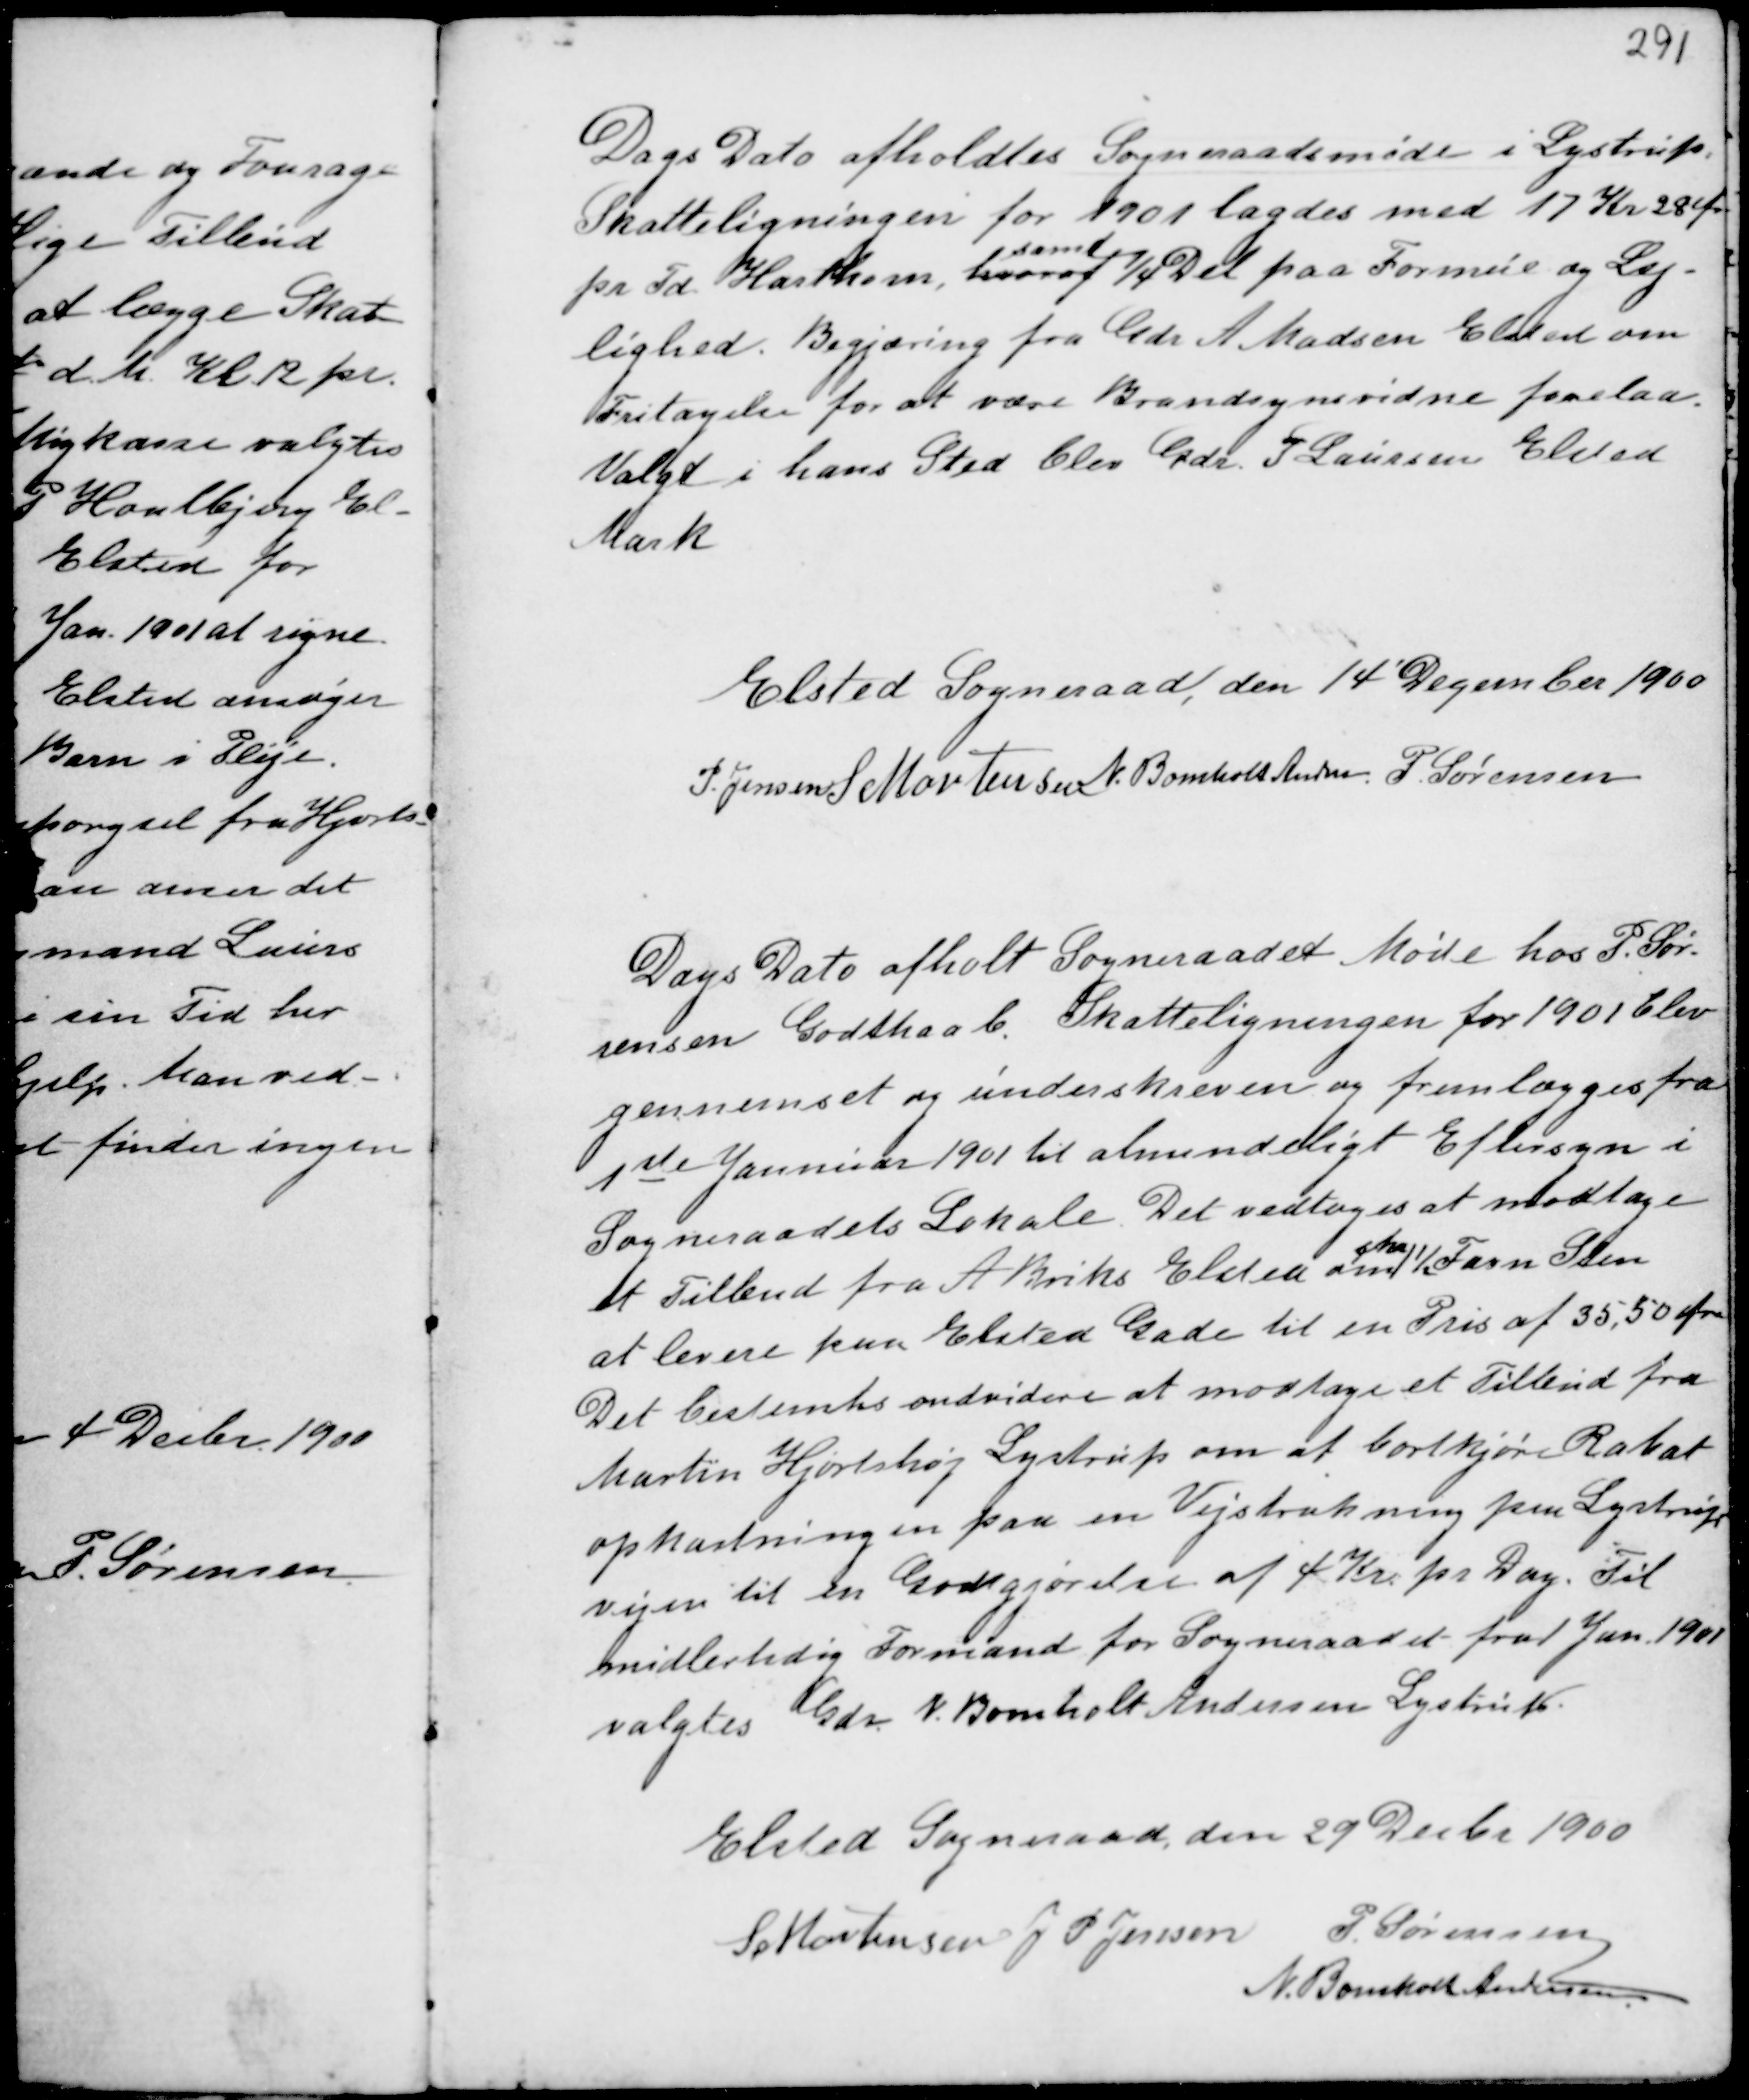
Transskription:
Dags Dato afholdtes Sogneraadsmøde i Lystrup.
Skatteligningen for 1901 lagdes med 17 Kr 28 Øre
pr Td Hartkorn, hvoraf
samt
¼ Del paa Formue og Lej-
lighed. Begjæring fra Gdr A Madsen Elsted om
Fritagelse for at være Brandsynsvidne forelaa.
Valgt i hans Sted blev Gdr. P. Laursen Elsted
Mark

Elsted Sogneraad, den 14 December 1900
P. Jensen S Mortensen N. Bomholt Andersen P Sørensen

Dags Dato afholdt Sogneraadet Møde hos P. Sør-
rensen Godthaab. Skatteligningen for 1901 blev
gennemset og underskreven og fremlægges fra
1ste Januar 1901 til almindeligt Eftersyn i
Sogneraadets Lokale. Det vedtoges at modtage
et Tilbud fra A Briks Elsted om
gha
1½ Favn Sten
at levere paa Elsted Gade til en Pris af 35,50 Øre
Det bestemtes endvidere at modtage et Tilbud fra
Martin Hjortshøj Lystrup om at bortkjøre Rabat
opkastningen paa Vejstrækning pm Lystrup-
vejen til en Godtgjørelse af 4 Kr. pr Dag. Til
midlertidig Formand for Sogneraadet fra Jan. 1901
valgtes Gdr. N. Bomholt Andersen Lystrup.

Elsted Sogneraad, den 29 Decbr 1900
S Mortensen J P Jensen P. Sørensen
N. Bomholt Andersen